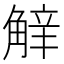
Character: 𧣿